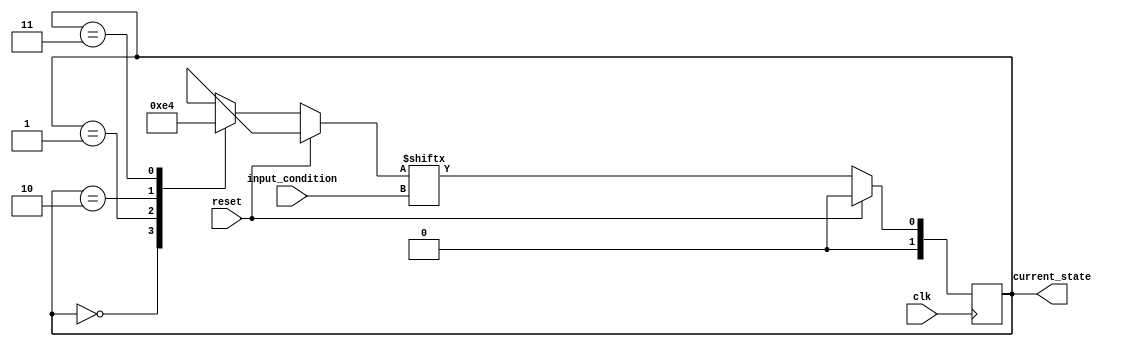
module FSM (
    input wire clk,
    input wire reset,
    input wire [1:0] input_condition,
    output reg [1:0] current_state
);

// Define states
localparam S0 = 2'b00;
localparam S1 = 2'b01;
localparam S2 = 2'b10;
localparam S3 = 2'b11;

// Define transition matrix
reg [1:0] next_state [3:0]; // Matrix of next states

always @(*)
begin
    next_state[S0] = {2'b00, 2'b01, 2'b10, 2'b11}; // Define next states based on current state
    next_state[S1] = {2'b01, 2'b11, 2'b00, 2'b10};
    next_state[S2] = {2'b10, 2'b00, 2'b11, 2'b01};
    next_state[S3] = {2'b11, 2'b10, 2'b01, 2'b00};
end

// Output logic
always @(posedge clk)
begin
    if(reset)
        current_state <= S0;
    else
        current_state <= next_state[current_state][input_condition];
end

endmodule